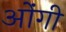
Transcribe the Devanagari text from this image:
ओंगी